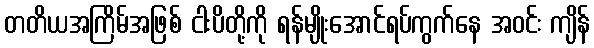
တတိယအကြိမ်အဖြစ် ငါးပိတို့ကို ရန်မျိုးအောင်ရပ်ကွက်နေ အဝင်း ကျိန်